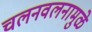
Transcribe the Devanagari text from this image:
चलनवलनामुळे